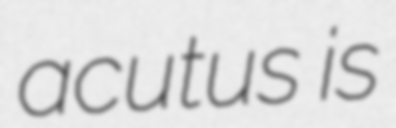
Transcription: acutus is